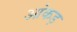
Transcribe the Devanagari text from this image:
आंकड़